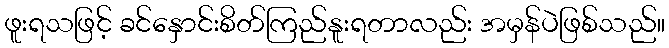
ဖူးရသဖြင့် ခင်နှောင်းစိတ်ကြည်နူးရတာလည်း အမှန်ပဲဖြစ်သည်။